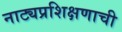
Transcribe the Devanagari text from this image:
नाट्यप्रशिक्षणाची